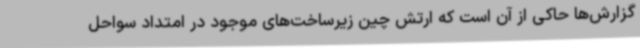
گزارش‌ها حاکی از آن است که ارتش چین زیرساخت‌های موجود در امتداد سواحل